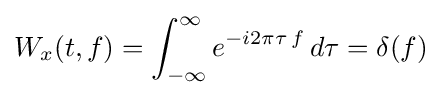
W_{x}(t,f)=\int _{-\infty }^{\infty }e^{-i2\pi \tau \,f}\,d\tau =\delta (f)